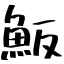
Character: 魬